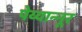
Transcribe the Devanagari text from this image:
पेय्यान्‍नूर